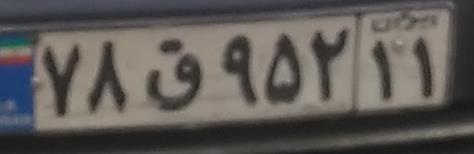
۷۸ق۹۵۲۱۱